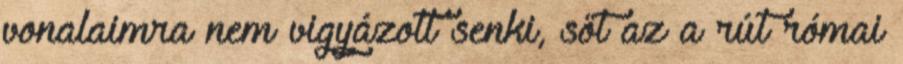
vonalaimra nem vigyázott senki, sőt az a rút római